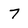
Character: 7